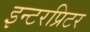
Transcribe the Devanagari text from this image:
इन्टरप्रिटर